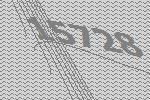
15728